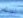
تجربته